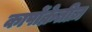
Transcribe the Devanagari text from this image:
कार्पोक्रेतीज़